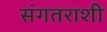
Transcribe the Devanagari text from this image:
संगतराशी